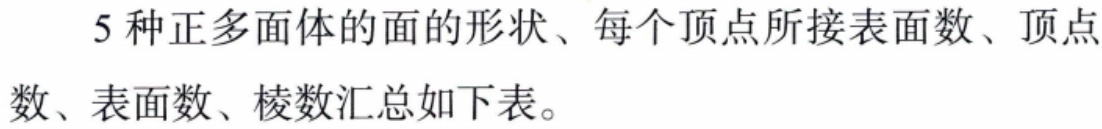
5种正多面体的面的形状、每个顶点所接表面数、顶点数、表面数、棱数汇总如下表。